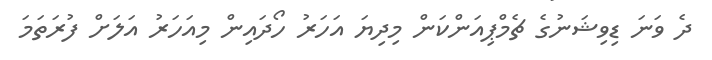
ދެ ވަނަ ޑިވިޝަނުގެ ޗެމްޕިއަންކަން މިދިޔަ އަހަރު ހޯދައިން މިއަހަރު އަލަށް ފުރަތަމަ